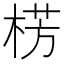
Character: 㭶